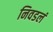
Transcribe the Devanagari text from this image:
निवडलं